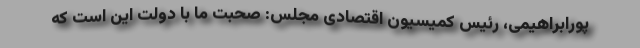
پورابراهیمی، رئیس کمیسیون اقتصادی مجلس: صحبت ما با دولت این است که